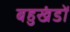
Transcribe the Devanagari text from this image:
बहुखंडों